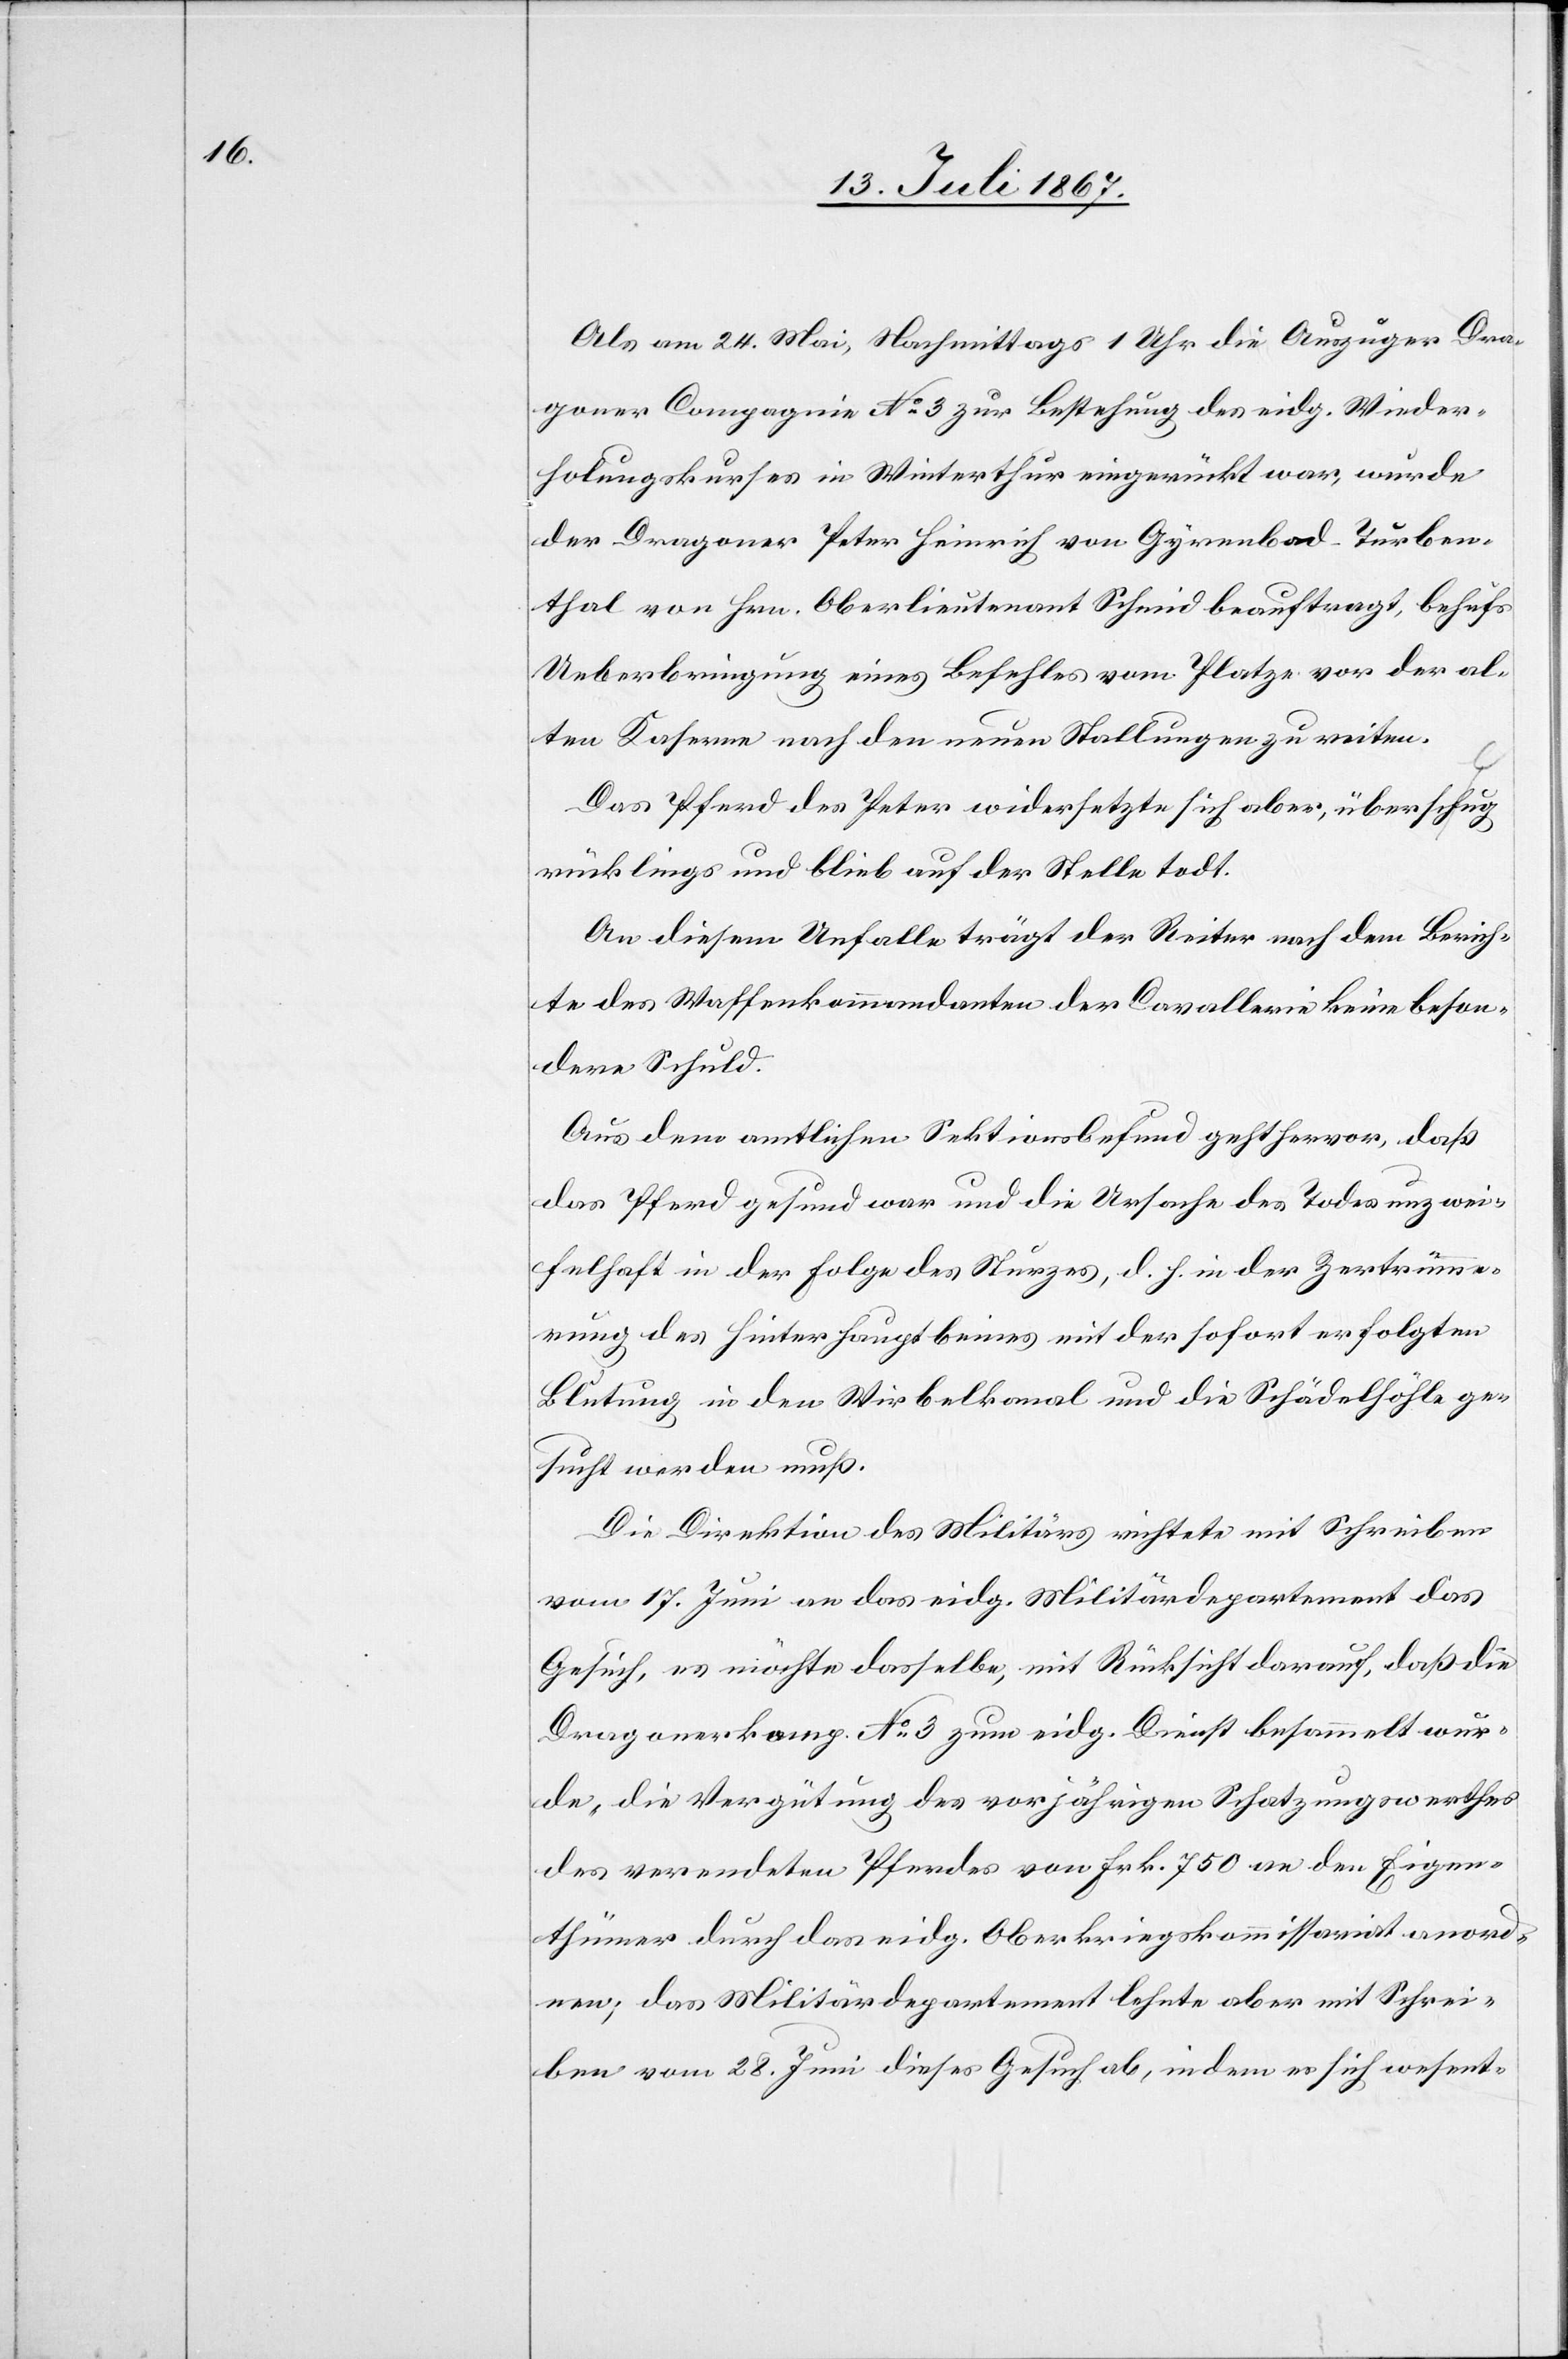
Als am 24. Mai, Nachmittags 1 Uhr die Auszüger Dra¬
goner Compagnie No. 3 zur Bestehung des eidg. Wieder¬
holungskurses in Winterthur eingerückt war, wurde
der Dragoner Peter Heinrich von Gyrenbad-Turben¬
thal von Hrn. Oberlieutenant Schmid beauftragt, behufs
Ueberbringung eines Befehls vom Platze vor der al¬
ten Kaserne nach den neuen Stallungen zu reiten.
Das Pferd des Peter widersetzte sich aber, überschlug
rücklings und blieb auf der Stelle todt.
An diesem Unfalle trägt der Reiter nach dem Berich¬
te des Waffenkommandanten der Cavallerie keine beson¬
dere Schuld.
Aus dem amtlichen Sektionsbefund geht hervor, daß
das Pferd gesund war und die Ursache des Todes unzwei¬
felhaft in der Folge des Sturzes, d. h. in der Zertrümme¬
rung des Hinterhauptbeines mit der sofort erfolgten
Blutung in den Wirbelkanal und die Schädelhöhle ge¬
sucht werden muß.
Die Direktion des Militärs richtete mit Schreiben
vom 17. Juni an das eidg. Militärdepartement das
Gesuch, es möchte dasselbe, mit Rücksicht darauf, daß die
Dragonerkomp. No. 3 zum eidg. Dienst besammelt wur¬
de, die Vergütung des vorjährigen Schatzungswerthes
des verendeten Pferdes von Frk. 750 an den Eigen¬
thümer durch das eidg. Oberkriegskommissariat anord¬
nen; das Militärdepartement lehnte aber mit Schrei¬
ben vom 28. Juni dieses Gesuch ab, indem es sich wesent-